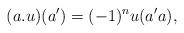
LaTeX: \begin{align*} (a.u)(a') = (-1)^n u(a'a),\end{align*}